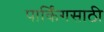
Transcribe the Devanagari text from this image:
पार्किंगसाठी